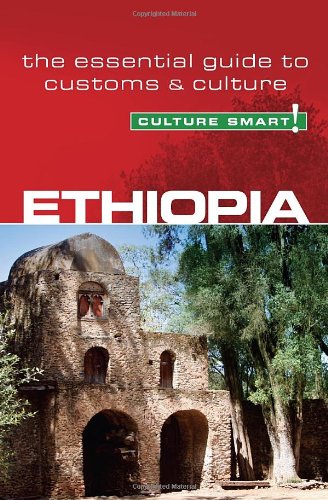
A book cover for Ethiopia - Culture Smart!: The essential guide to customs & culture; Sarah Howard; Business & Money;